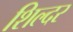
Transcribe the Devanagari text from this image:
शिल्दर